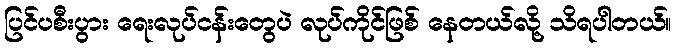
ပြင်ပစီးပွား ရေးလုပ်ငန်းတွေပဲ လုပ်ကိုင်ဖြစ် နေတယ်လို့ သိရပါတယ်။